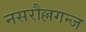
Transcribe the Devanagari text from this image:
नसरौल्लगन्ज